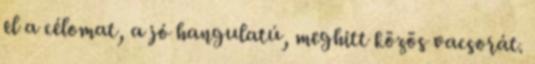
el a célomat, a jó hangulatú, meghitt közös vacsorát.